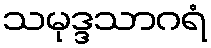
သမုဒ္ဒသာဂရံ